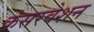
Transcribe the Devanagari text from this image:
कंसरवेशन